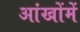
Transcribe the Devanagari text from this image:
आंखोंमें